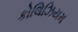
કોલિઝિયમ